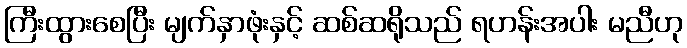
ကြီးထွားစေပြီး မျက်နှာဖုံးနှင့် ဆစ်ဆရိုသည် ရဟန်းအပါး မညီဟု